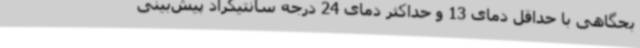
بحگاهی با حداقل دمای 13 و حداکثر دمای 24 درجه سانتیگراد پیش‌بینی